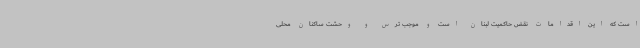
است که این اقدامات نقض حاکمیت لبنان است و موجب ترس و وحشت ساکنان محلی